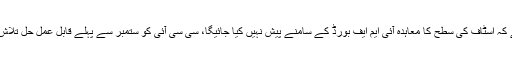
اس خوف سے کہ اسٹاف کی سطح کا معاہدہ آئی ایم ایف بورڈ کے سامنے پیش نہیں کیا جائیگا، سی سی آئی کو ستمبر سے پہلے قابل عمل حل تلاش کرنا چاہئے۔